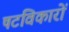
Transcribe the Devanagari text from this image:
षटविकारों